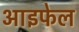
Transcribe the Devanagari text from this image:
आइफेल